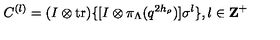
C ^ { ( l ) } = ( I \otimes \mathrm { t r } ) \{ [ I \otimes \pi _ { \Lambda } ( q ^ { 2 h _ { \rho } } ) ] \sigma ^ { l } \} , l \in { \bf Z } ^ { + }